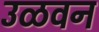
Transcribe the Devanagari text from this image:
उळवन